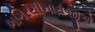
ભગિરથીનાથજીએ